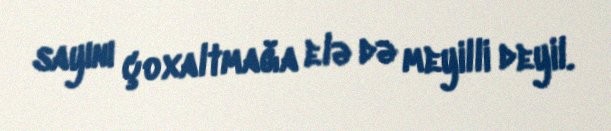
sayını çoxaltmağa elə də meyilli deyil.